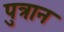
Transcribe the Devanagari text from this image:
पुत्रान